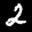
Label: 2